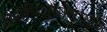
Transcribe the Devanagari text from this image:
अंधविश्वासामुळे